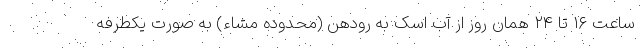
ساعت ۱۶ تا ۲۴ همان روز از آب اسک به رودهن (محدوده مشاء) به صورت یکطرفه